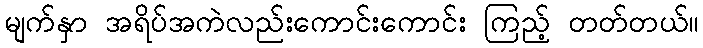
မျက်နှာ အရိပ်အကဲလည်းကောင်းကောင်း ကြည့် တတ်တယ်။